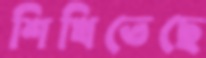
শিখিতেছে